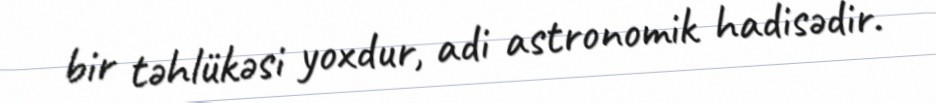
bir təhlükəsi yoxdur, adi astronomik hadisədir.